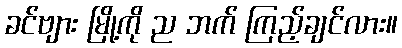
ခင်ဗျား မြို့ကို ည ဘက် ကြည့်ချင်လား။